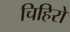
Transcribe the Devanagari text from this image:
चिहिरो